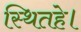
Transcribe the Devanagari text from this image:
स्थितहे।